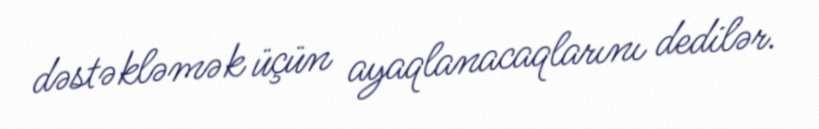
dəstəkləmək üçün ayaqlanacaqlarını dedilər.